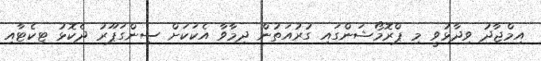
އިމްޖާދު ވިދާޅުވީ މި ޕްރޮމޯޝަންގައި ގުރުއަތުން ދިމާވާ އެކަކަށް ސިންގަޕޫރު ދެކޮޅު ޓިކެޓާއި